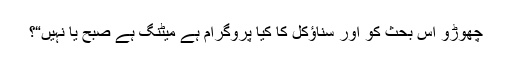
چھوڑو اس بحث کو اور سناؤکل کا کیا پروگرام ہے میٹنگ ہے صبح یا نہیں“؟